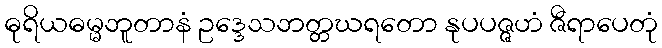
ဓုရိယဓမ္မဘူတာနံ ဥဒ္ဒေသဘတ္တဃရတော နုပပဇ္ဇဟံ ဇီရာပေတုံ